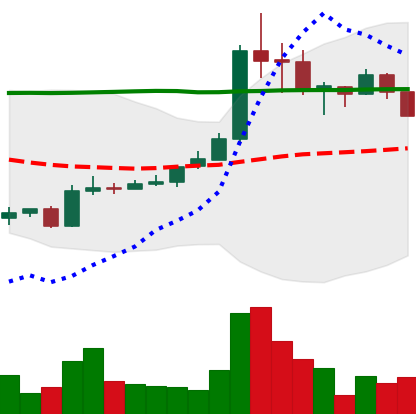
Ticker: BTC-USD
Chart end date: 2015-06-24
Forward return: 6.881%
Label: up_5_7